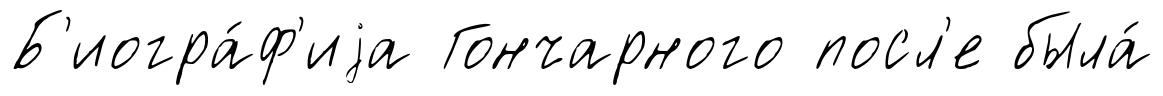
Б'иогра́ф'иjа Гончарного посл'е была́